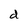
Character: d